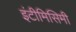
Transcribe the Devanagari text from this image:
इंटीमिसिमी